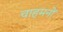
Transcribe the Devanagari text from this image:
चाहमनों